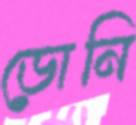
ডোনি